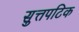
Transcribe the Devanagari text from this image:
सुत्तपटिक